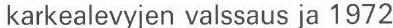
karkealevyjen valssaus ja 1972